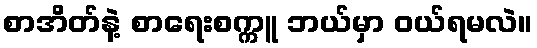
စာအိတ်နဲ့ စာရေးစက္ကူ ဘယ်မှာ ဝယ်ရမလဲ။